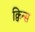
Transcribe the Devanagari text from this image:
क्विन्‍स